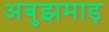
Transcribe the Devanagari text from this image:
अबुझमाड़